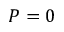
P = 0